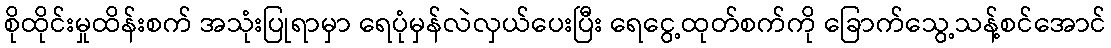
စိုထိုင်းမှုထိန်းစက် အသုံးပြုရာမှာ ရေပုံမှန်လဲလှယ်ပေးပြီး ရေငွေ့ထုတ်စက်ကို ခြောက်သွေ့သန့်စင်အောင်